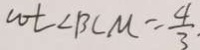
w t \angle B C M = \frac { 4 } { 3 } .